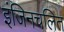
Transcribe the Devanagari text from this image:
इंजिनचलित